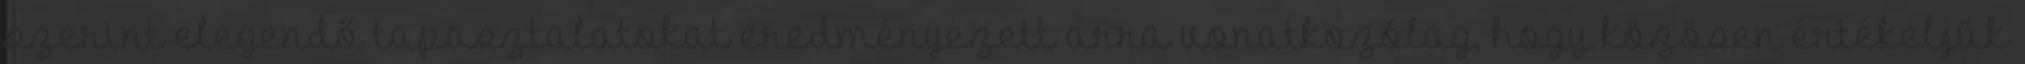
szerint elegendő tapasztalatokat eredményezett arra vonatkozólag, hogy közösen értékeljük